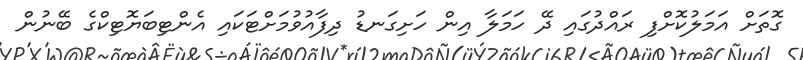
ގޮތަށް އަމަލުކޮށްފި ރައްދުގައި ދޭ ހަމަލާ އިން ހަށިގަނޑު ދިފާއުވުމަށްޓަކައި އެންޓިބަޔޮޓިކްގެ ބޭނުން